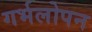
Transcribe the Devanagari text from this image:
गर्भलोपन